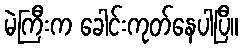
မဲကြီးက ခေါင်းကုတ်နေပါပြီ။